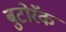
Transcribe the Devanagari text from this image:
बुटोरॅक